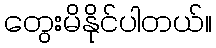
တွေးမိနိုင်ပါတယ်။